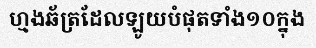
ហ្មងឆ័ត្រដែលឡូយបំផុតទាំង១០ក្នុង